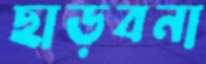
ছাড়বনা